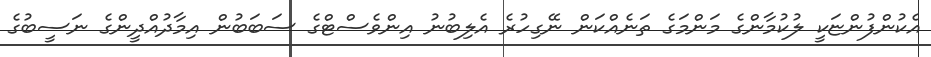
އެކުންފުންޏަކީ ލުކުމާންގެ މަންމަގެ ތަނެއްކަން ނޭގިހުރެ އެލިބުނު އިންވެސްޓްގެ ސަބަބުން އިމާދުއްދީންގެ ނަސީބުގެ